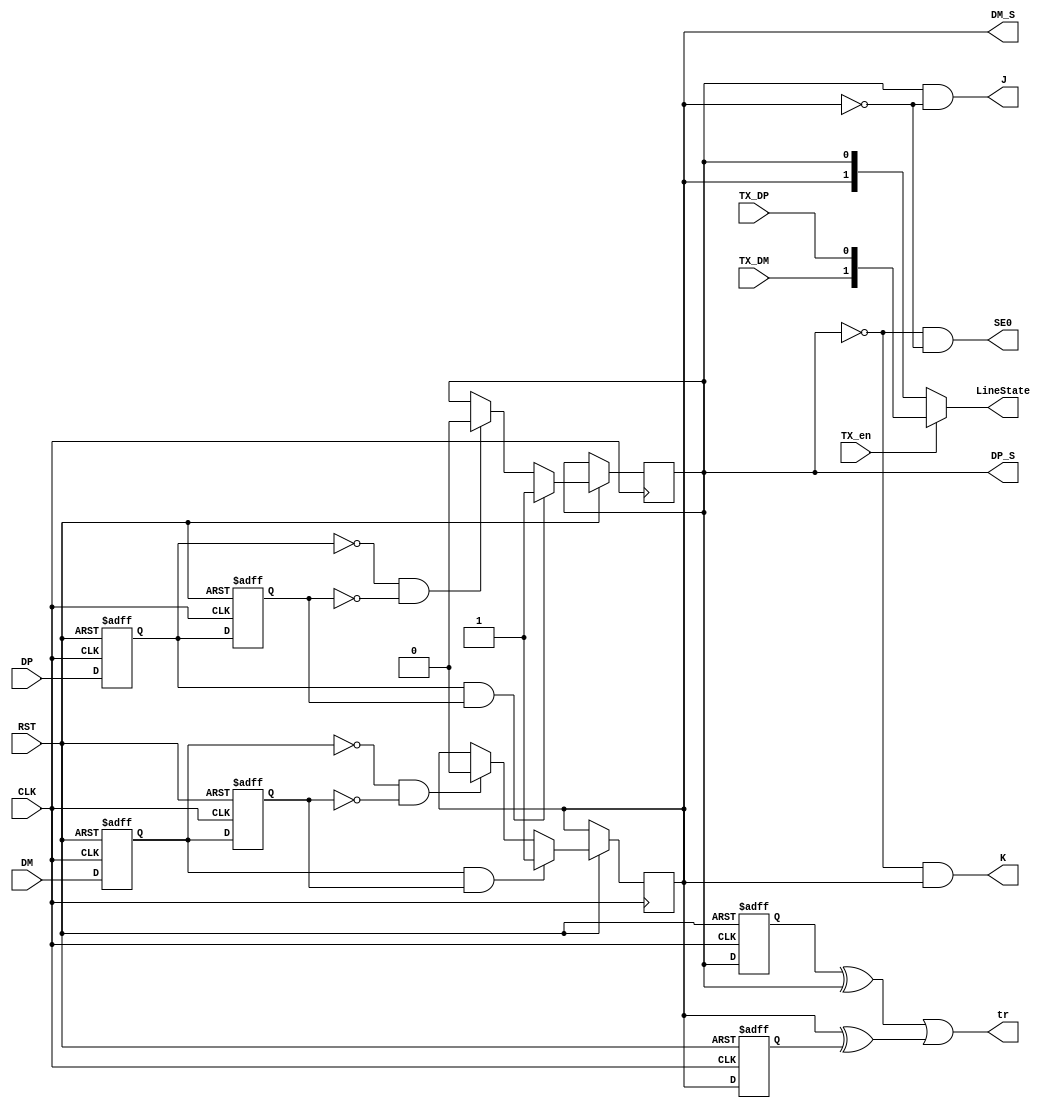
module SYNC (
input			TX_en, TX_DP, TX_DM,
input wire		DP,DM, //unsynced inputs
input wire		CLK,RST,

output reg		DP_S, DM_S,//synchronized inputs
output			K, J, SE0, tr,//linestate signals
output reg [1:0]	LineState
);

reg			DP_s0, DP_s1;
reg			DM_s0, DM_s1;
reg 			DP_l,DM_l;

always@(posedge CLK or negedge RST) begin
 if(!RST) begin
	{DM_s0, DM_s1} 	<= 1'b0;
	DP_s0 			<= 1'b1;
	DP_s1			<= 1'b1;
	DP_l			<= 1'b1;
	DM_l			<= 1'b0;
 end
 else begin
//sync
	DP_l		<= DP_S;
	DM_l		<= DM_S;
	
	DP_s1		<= DP_s0;
	DP_s0		<= DP;

	DM_s1		<= DM_s0;
	DM_s0		<= DM;
//synchronized signals genereation
 	if (DP_s0 & DP_s1)
        DP_S     <= 1'b1;
   	else if (!DP_s0 & !DP_s1)
        DP_S     <= 1'b0;

    	if (DM_s0 & DM_s1)
        DM_S     <= 1'b1;
    	else if (!DM_s0 & !DM_s1)
        DM_S     <= 1'b0;

 end
end

//linestate signals
assign 	K 		= !DP_S & DM_S;
assign 	J 		= DP_S & !DM_S;
assign 	SE0 		= !DP_S & !DM_S;
//LineState
always@(*) begin
	if (TX_en) begin
		LineState 	= {TX_DM, TX_DP};
	end
	else begin
		LineState 	= {DM_S, DP_S};
	end
end

assign tr		= (DP_l^DP_S)|(DM_S^DM_l);

endmodule //Edge detection and synchronization